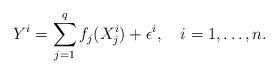
LaTeX: \begin{align*}Y^i=\sum_{j=1}^qf_j(X^i_j)+\epsilon^i,\ \ \ i=1,\dots,n.\end{align*}